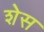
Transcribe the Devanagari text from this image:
शेस